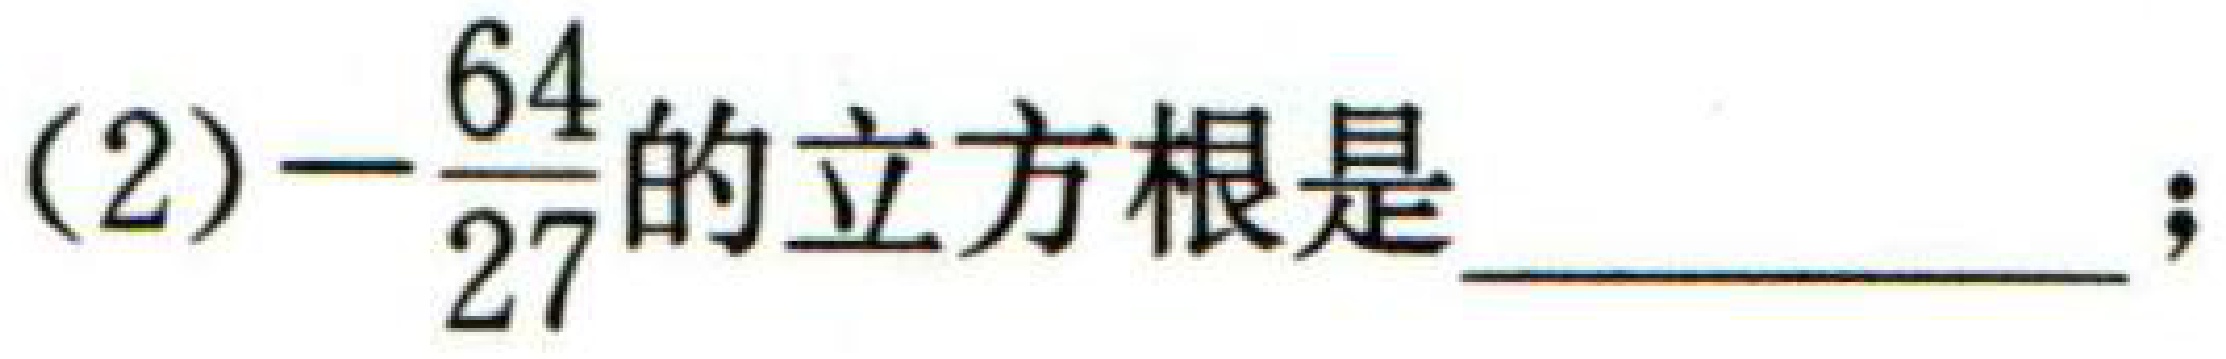
(2)$-\frac{64}{27}$的立方根是 \_\_\_\_\_\_\_\_\_\_\_\_\_\_ ;